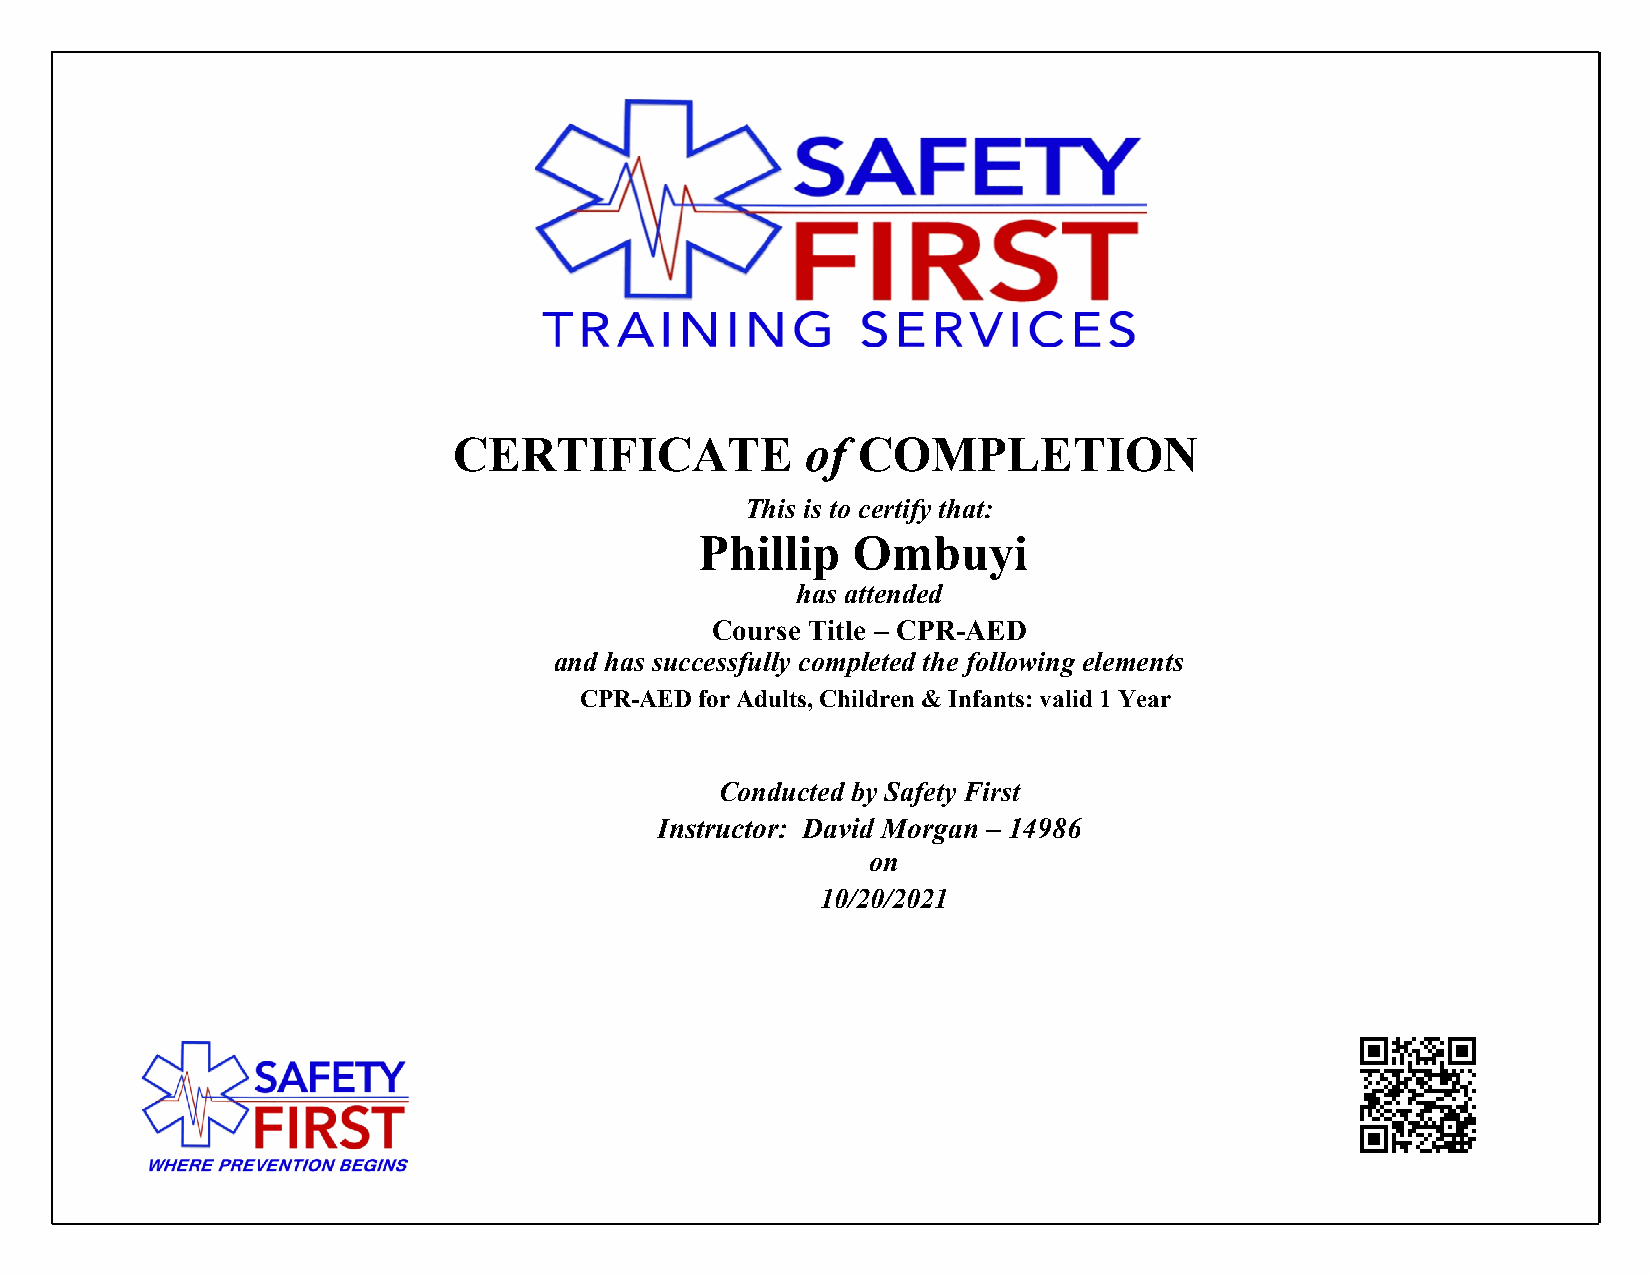
CERTIFICATE            of  COMPLETION
 This is to certify that:
 Phillip   Ombuyi
 has attended
 Course Title – CPR-AED
 and has successfully completed the following elements
 CPR-AED for Adults, Children & Infants: valid 1 Year
 Conducted by Safety First
 Instructor: David Morgan – 14986
 on
 10/20/2021